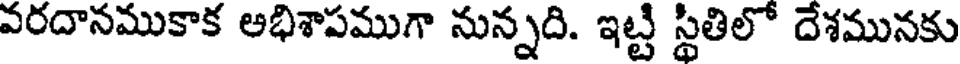
వరదానముకాక అభిశాపముగా నున్నది. ఇట్టి స్థితిలో దేశమునకు